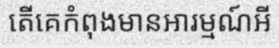
តើគេកំពុងមានអារម្មណ៍អី